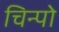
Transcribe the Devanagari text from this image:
चिन्पो